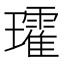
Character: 𭺑